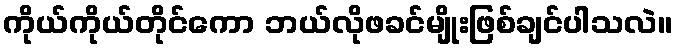
ကိုယ်ကိုယ်တိုင်ကော ဘယ်လိုဖခင်မျိုးဖြစ်ချင်ပါသလဲ။